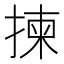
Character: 揀